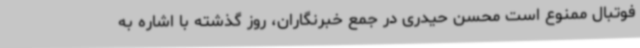
فوتبال ممنوع است محسن حیدری در جمع خبرنگاران، روز گذشته با اشاره به